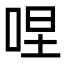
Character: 㖏